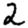
Digit: 2